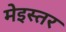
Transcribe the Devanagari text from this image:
मेइस्तर